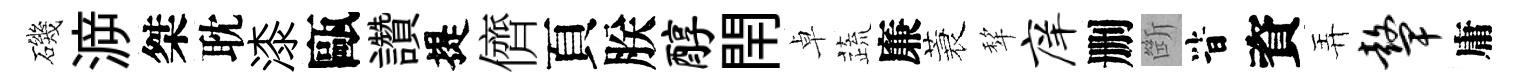
磯㴑桀耽漆甌讚提儕頁朕醇閈卓蔬廉蓑犂庠删㫁𣅜資弄鼙庸